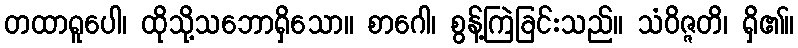
တထာရူပေါ၊ ထိုသို့သဘောရှိသော။ စာဂေါ၊ စွန့်ကြဲခြင်းသည်။ သံဝိဇ္ဇတိ၊ ရှိ၏။